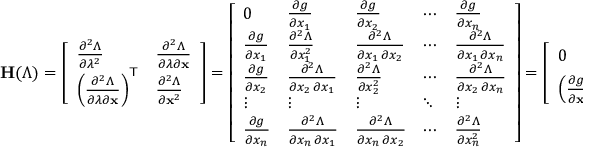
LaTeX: \mathbf { H } ( \Lambda ) = { \left[ \begin{array} { l l } { { \frac { \partial ^ { 2 } \Lambda } { \partial \lambda ^ { 2 } } } } & { { \frac { \partial ^ { 2 } \Lambda } { \partial \lambda \partial \mathbf { x } } } } \\ { \left( { \frac { \partial ^ { 2 } \Lambda } { \partial \lambda \partial \mathbf { x } } } \right) ^ { \mathsf { T } } } & { { \frac { \partial ^ { 2 } \Lambda } { \partial \mathbf { x } ^ { 2 } } } } \end{array} \right] } = { \left[ \begin{array} { l l l l l } { 0 } & { { \frac { \partial g } { \partial x _ { 1 } } } } & { { \frac { \partial g } { \partial x _ { 2 } } } } & { \cdots } & { { \frac { \partial g } { \partial x _ { n } } } } \\ { { \frac { \partial g } { \partial x _ { 1 } } } } & { { \frac { \partial ^ { 2 } \Lambda } { \partial x _ { 1 } ^ { 2 } } } } & { { \frac { \partial ^ { 2 } \Lambda } { \partial x _ { 1 } \, \partial x _ { 2 } } } } & { \cdots } & { { \frac { \partial ^ { 2 } \Lambda } { \partial x _ { 1 } \, \partial x _ { n } } } } \\ { { \frac { \partial g } { \partial x _ { 2 } } } } & { { \frac { \partial ^ { 2 } \Lambda } { \partial x _ { 2 } \, \partial x _ { 1 } } } } & { { \frac { \partial ^ { 2 } \Lambda } { \partial x _ { 2 } ^ { 2 } } } } & { \cdots } & { { \frac { \partial ^ { 2 } \Lambda } { \partial x _ { 2 } \, \partial x _ { n } } } } \\ { \vdots } & { \vdots } & { \vdots } & { \ddots } & { \vdots } \\ { { \frac { \partial g } { \partial x _ { n } } } } & { { \frac { \partial ^ { 2 } \Lambda } { \partial x _ { n } \, \partial x _ { 1 } } } } & { { \frac { \partial ^ { 2 } \Lambda } { \partial x _ { n } \, \partial x _ { 2 } } } } & { \cdots } & { { \frac { \partial ^ { 2 } \Lambda } { \partial x _ { n } ^ { 2 } } } } \end{array} \right] } = { \left[ \begin{array} { l l } { 0 } & { { \frac { \partial g } { \partial \mathbf { x } } } } \\ { \left( { \frac { \partial g } { \partial \mathbf { x } } } \right) ^ { \mathsf { T } } } & { { \frac { \partial ^ { 2 } \Lambda } { \partial \mathbf { x } ^ { 2 } } } } \end{array} \right] }